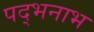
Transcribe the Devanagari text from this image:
पद्भनाभ